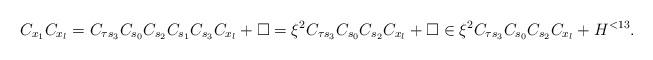
LaTeX: \begin{align*}C_{x_1}C_{x_l}=C_{\tau s_3}C_{s_0}C_{s_2}C_{s_1}C_{s_3}C_{x_l}+\Box=\xi^2C_{\tau s_3}C_{s_0}C_{s_2}C_{x_l}+\Box\in \xi^2C_{\tau s_3}C_{s_0}C_{s_2}C_{x_l}+H^{<13}.\end{align*}